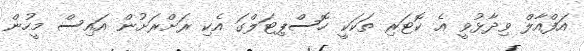
އަފްއާލް ވިދާޅުވީ އެ ކޮޓަރި ތަކަކީ ހޮސްޕިޓަލްގަ އެކި ރަށްރަށުން އައިސް މީހުން